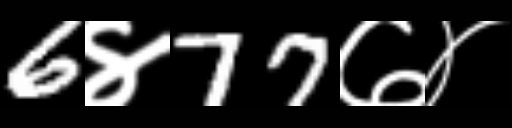
Text: 6४77७४